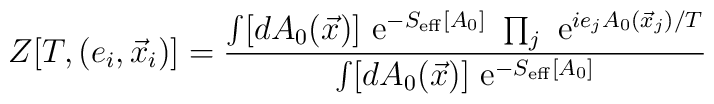
Z[T,(e_i,\vec x_i)]= \frac{\int [dA_0(\vec x)] {\rm ~e}^{-S_{\rm eff}[A_0]} ~\prod_j {\rm ~e}^{ ie_jA_0(\vec x_j)/T} }{ \int [dA_0(\vec x)] {\rm ~e}^{-S_{\rm eff}[A_0]} }